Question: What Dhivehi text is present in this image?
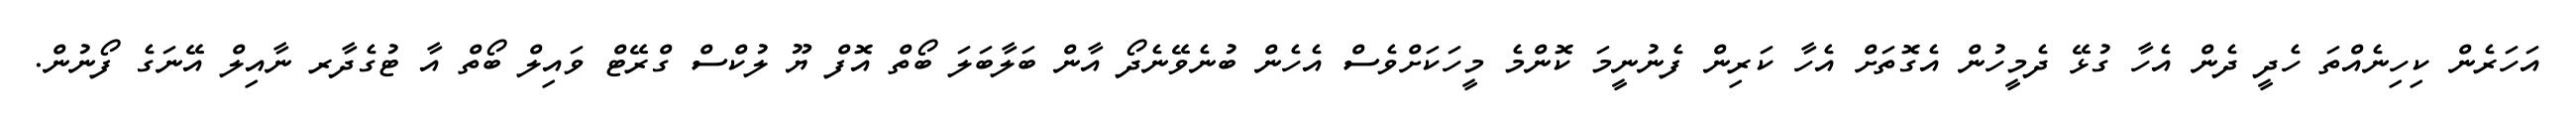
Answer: އަހަރެން ކިހިނެއްތަ ހެދީ ދެން އެހާ ގުޅޭ ދެމީހުން އެގޮތަށް އެހާ ކަރިން ފެނުނީމަ ކޮންމެ މީހަކަށްވެސް އެހެން ބުނެވޭނެދޯ އާން ބަލާބަލަ ބޯތް އޮފް ޔޫ ލުކްސް ގްރޭޓް ވައިލް ބޯތް އާ ޓުގެދާރ ނާއިލް އޭނަގެ ފޯނުން.